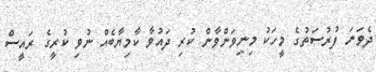
ދެވަނަ ފުރުސަތުގެ މީހަކު މިނިވަންވާން ކުރި ދައުވާ ކާމިޔާބެއް ނުވި ކުރީގެ ރައީސް